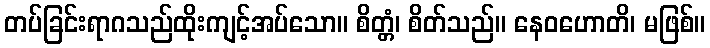
တပ်ခြင်းရာဂသည်ထိုးကျင့်အပ်သော။ စိတ္တံ၊ စိတ်သည်။ နေဝဟောတိ၊ မဖြစ်။